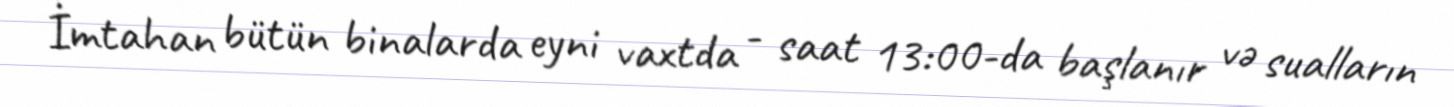
İmtahan bütün binalarda eyni vaxtda - saat 13:00-da başlanır və sualların